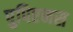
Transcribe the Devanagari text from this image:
पुपिएनस